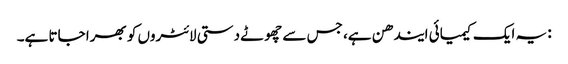
: یہ ایک کیمیائی ایندھن ہے، جس سے چھوٹے دستی لائٹروں کو بھرا جاتا ہے۔